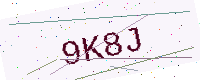
Text: 9K8J